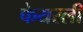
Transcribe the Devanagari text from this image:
फेयरली